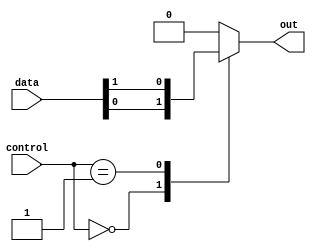
module mux_128to1 (
  input [127:0] data,
  input [6:0] control,
  output reg out
);

always @* begin
  case (control)
    7'b0000000: out = data[0];
    7'b0000001: out = data[1];
    // ...
    // continue with cases for each data input line
    // ...
    default: out = 0; // default output if control signal does not match any cases
  endcase
end

endmodule